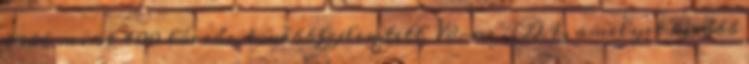
több mint 400 lóerős, továbbfejlesztett V8-as TDI, amelyet később